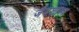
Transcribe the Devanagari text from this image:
जैनशास्त्र